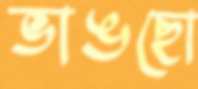
ভাঙছো